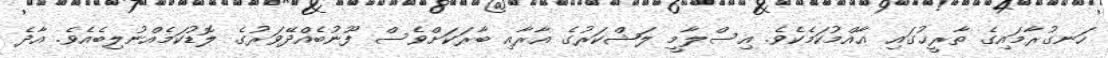
ހަނގުރާމައިގެ ތާރީޚުގައި ޢާއްމުކަމެކެވެ. އިސްލާމީ ލަޝްކަރުގެ އާރާއި ބާރަކަށްވެސް ފޫނުބެއްދޭވަރުގެ ލޮޑުކަމެއްނުލިބެއެވެ. އާދެ